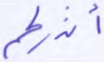
أنذركم